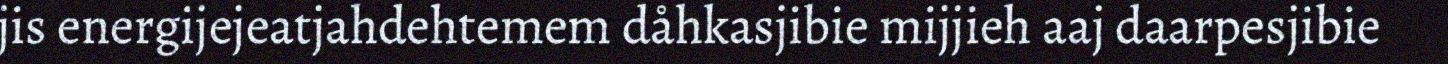
jis energijejeatjahdehtemem dåhkasjibie mijjieh aaj daarpesjibie